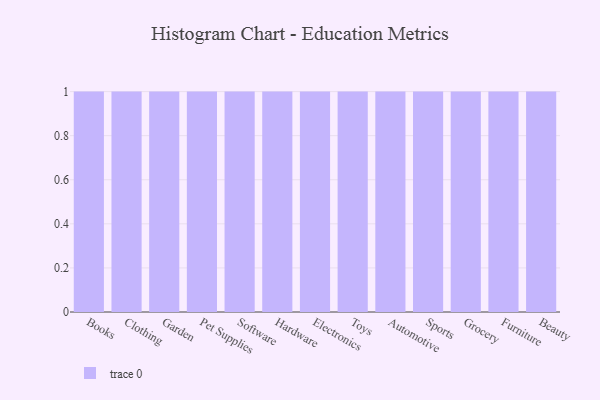
{"axis": {"x": "Category", "y": "Tickets Resolved"}, "legend": [""], "data": [{"x": "Books", "y": 40, "type": ""}, {"x": "Clothing", "y": 51, "type": ""}, {"x": "Garden", "y": 33, "type": ""}, {"x": "Pet Supplies", "y": 21, "type": ""}, {"x": "Software", "y": 69, "type": ""}, {"x": "Hardware", "y": 86, "type": ""}, {"x": "Electronics", "y": 35, "type": ""}, {"x": "Toys", "y": 93, "type": ""}, {"x": "Automotive", "y": 75, "type": ""}, {"x": "Sports", "y": 90, "type": ""}, {"x": "Grocery", "y": 28, "type": ""}, {"x": "Furniture", "y": 61, "type": ""}, {"x": "Beauty", "y": 36, "type": ""}]}